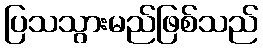
ပြသသွားမည်ဖြစ်သည်